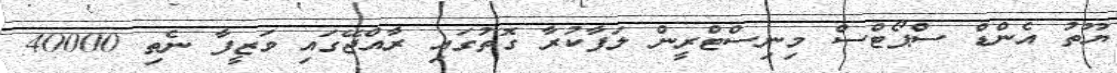
ޔޫތު އެންޑް ސްޕޯޓްސް މިނިސްޓްރީން ލަފާކުރާ ގޮތުގައި ރާއްޖޭގައި ވަޒީފާ ނެތި 40000